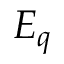
E _ { q }